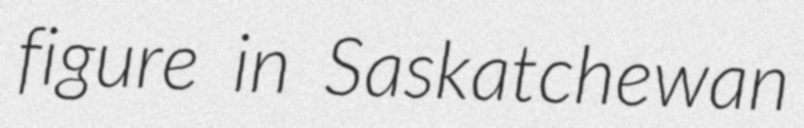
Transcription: figure in Saskatchewan